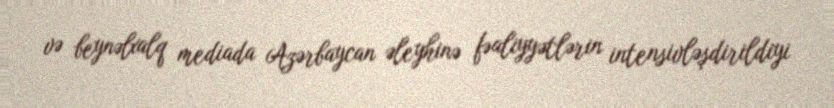
və beynəlxalq mediada Azərbaycan əleyhinə fəaliyyətlərin intensivləşdirildiyi